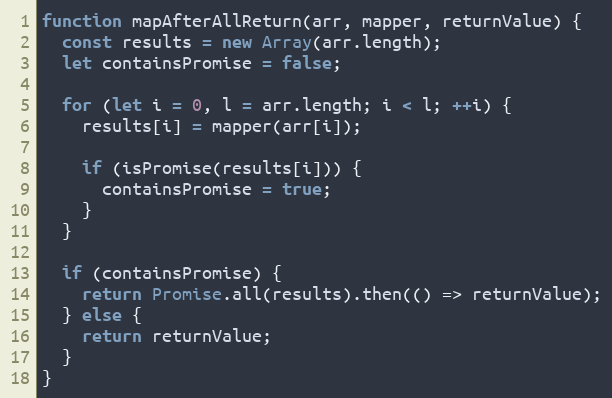
Language: JavaScript
function mapAfterAllReturn(arr, mapper, returnValue) {
  const results = new Array(arr.length);
  let containsPromise = false;

  for (let i = 0, l = arr.length; i < l; ++i) {
    results[i] = mapper(arr[i]);

    if (isPromise(results[i])) {
      containsPromise = true;
    }
  }

  if (containsPromise) {
    return Promise.all(results).then(() => returnValue);
  } else {
    return returnValue;
  }
}